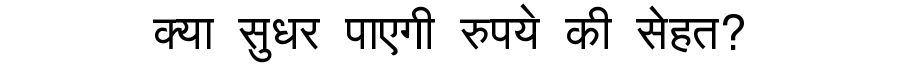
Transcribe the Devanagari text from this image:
क्या सुधर पाएगी रुपये की सेहत?